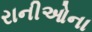
રાનીઓના